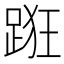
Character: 𨁨